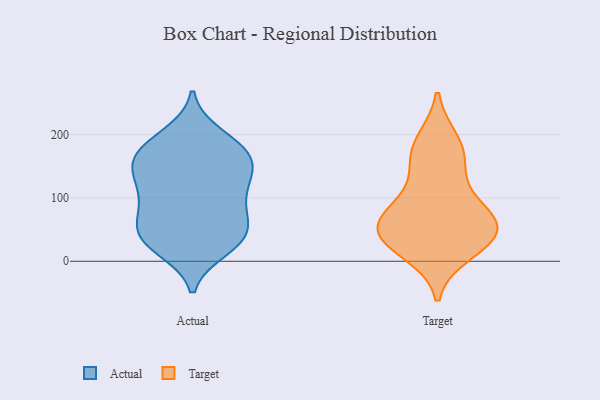
{"axis": {"x": "Energy Usage (MWh)", "y": "Value"}, "legend": ["Actual", "Target"], "data": [{"x": "", "y": 28, "type": "Actual"}, {"x": "", "y": 159, "type": "Actual"}, {"x": "", "y": 52, "type": "Actual"}, {"x": "", "y": 182, "type": "Actual"}, {"x": "", "y": 150, "type": "Actual"}, {"x": "", "y": 79, "type": "Actual"}, {"x": "", "y": 67, "type": "Actual"}, {"x": "", "y": 184, "type": "Actual"}, {"x": "", "y": 33, "type": "Actual"}, {"x": "", "y": 20, "type": "Actual"}, {"x": "", "y": 40, "type": "Actual"}, {"x": "", "y": 40, "type": "Actual"}, {"x": "", "y": 173, "type": "Actual"}, {"x": "", "y": 147, "type": "Actual"}, {"x": "", "y": 151, "type": "Actual"}, {"x": "", "y": 126, "type": "Actual"}, {"x": "", "y": 199, "type": "Actual"}, {"x": "", "y": 97, "type": "Actual"}, {"x": "", "y": 98, "type": "Actual"}, {"x": "", "y": 119, "type": "Actual"}, {"x": "", "y": 66, "type": "Target"}, {"x": "", "y": 173, "type": "Target"}, {"x": "", "y": 42, "type": "Target"}, {"x": "", "y": 40, "type": "Target"}, {"x": "", "y": 151, "type": "Target"}, {"x": "", "y": 16, "type": "Target"}, {"x": "", "y": 188, "type": "Target"}, {"x": "", "y": 76, "type": "Target"}, {"x": "", "y": 46, "type": "Target"}, {"x": "", "y": 43, "type": "Target"}, {"x": "", "y": 96, "type": "Target"}]}